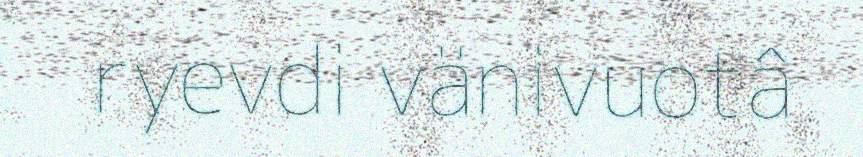
ryevdi vänivuotâ